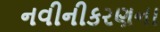
નવીનીકરણના